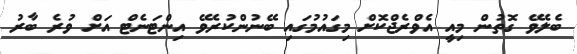
ބެލެވޭ ގޮތުން މިއީ އެވްރެޖްކޮށް މިގައުމުގައި ބޭނުންކުރެވޭ އިންޓަނެޓް އަށް ވުރެ ބާރު